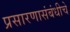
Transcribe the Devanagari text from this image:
प्रसारणासंबंधीचे